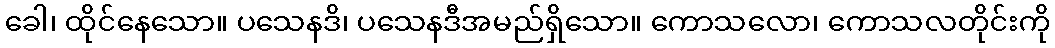
ခေါ၊ ထိုင်နေသော။ ပသေနဒိ၊ ပသေနဒီအမည်ရှိသော။ ကောသလော၊ ကောသလတိုင်းကို